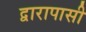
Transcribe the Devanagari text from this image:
द्वारापासी